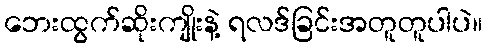
ဘေးထွက်ဆိုးကျိုးနဲ့ ရလဒ်ခြင်းအတူတူပါပဲ။